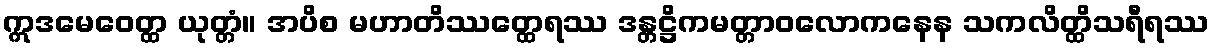
ဣဒမေဝေတ္ထ ယုတ္တံ။ အပိစ မဟာတိဿတ္ထေရဿ ဒန္တဋ္ဌိကမတ္တာဝလောကနေန သကလိတ္ထိသရီရဿ